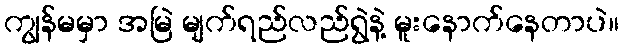
ကျွန်မမှာ အမြဲ မျက်ရည်လည်ရွဲနဲ့ မူးနောက်နေတာပဲ။